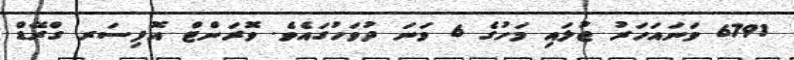
6791 ވަނައަހަރު ޖުލައި މަހުގެ 6 ވަނަ ދުވަހުގައެވެ. ވޮރަންޓް އޮފިސަރ ގްރޭޑް